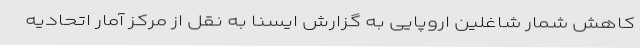
کاهش شمار شاغلین اروپایی به گزارش ایسنا به نقل از مرکز آمار اتحادیه